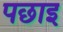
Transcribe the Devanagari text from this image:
पछाइ